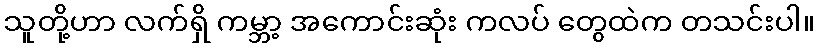
သူတို့ဟာ လက်ရှိ ကမ္ဘာ့ အကောင်းဆုံး ကလပ် တွေထဲက တသင်းပါ။